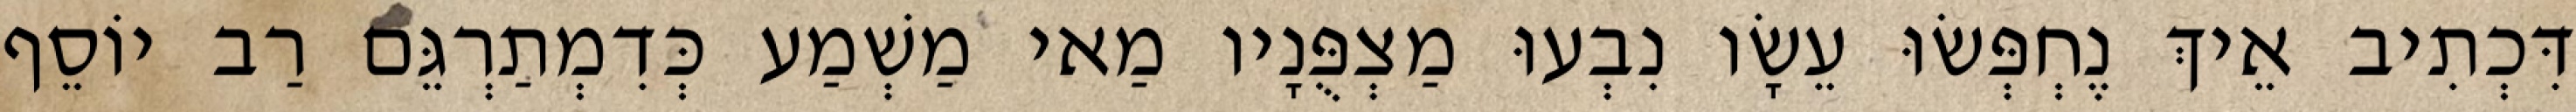
דִּכְתִיב אֵיךְ נֶחְפְּשׂוּ עֵשָׂו נִבְעוּ מַצְפֻּנָיו מַאי מַשְׁמַע כְּדִמְתַרְגֵּם רַב יוֹסֵף